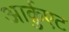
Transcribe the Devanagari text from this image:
आर्क़ुएट